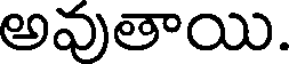
అవుతాయి.